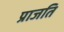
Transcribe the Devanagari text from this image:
प्राजति